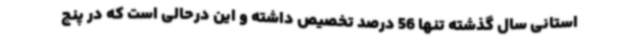
استانی سال گذشته تنها 56 درصد تخصیص داشته و این درحالی است که در پنج